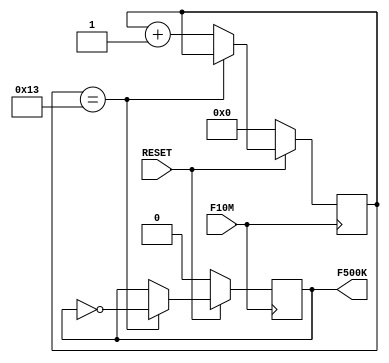
module fdivision(
    input F10M, RESET,
    output reg F500K
    );

reg [7:0]j;

always @(posedge F10M)
begin
    if (!RESET)begin
        F500K <= 0;
        j <= 0;
    end
    else if (j==19)begin
        F500K <= ~F500K;
        end
    else 
    j <= j+1;
end
endmodule